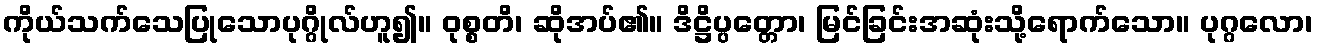
ကိုယ်သက်သေပြုသောပုဂ္ဂိုလ်ဟူ၍။ ဝုစ္စတိ၊ ဆိုအပ်၏။ ဒိဋ္ဌိပ္ပတ္တော၊ မြင်ခြင်းအဆုံးသို့ရောက်သော။ ပုဂ္ဂလော၊